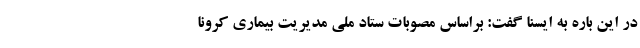
در این باره به ایسنا گفت: براساس مصوبات ستاد ملی مدیریت بیماری کرونا